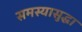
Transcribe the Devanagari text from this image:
समस्यासुद्धा